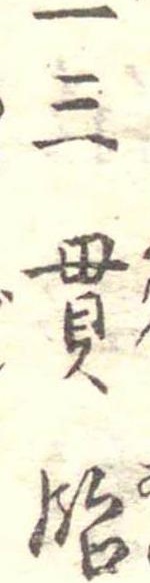
一三貫飴